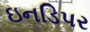
ઇનડિપર